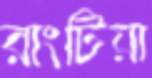
রাংটিয়া